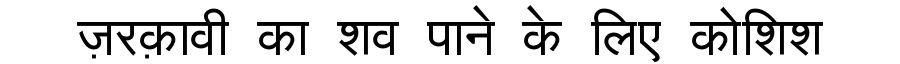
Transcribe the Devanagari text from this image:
ज़रक़ावी का शव पाने के लिए कोशिश